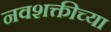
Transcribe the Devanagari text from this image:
नवशक्तीच्या